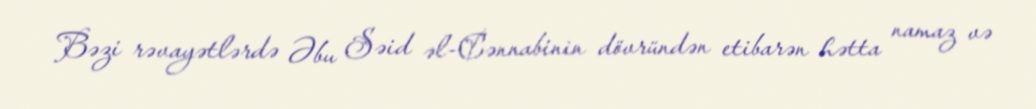
Bəzi rəvayətlərdə Əbu Səid əl-Cənnabinin dövründən etibarən hətta namaz və